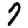
Digit: 7